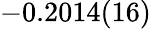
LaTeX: -0.2014(16)